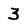
Character: 3